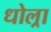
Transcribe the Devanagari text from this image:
धोल्रा